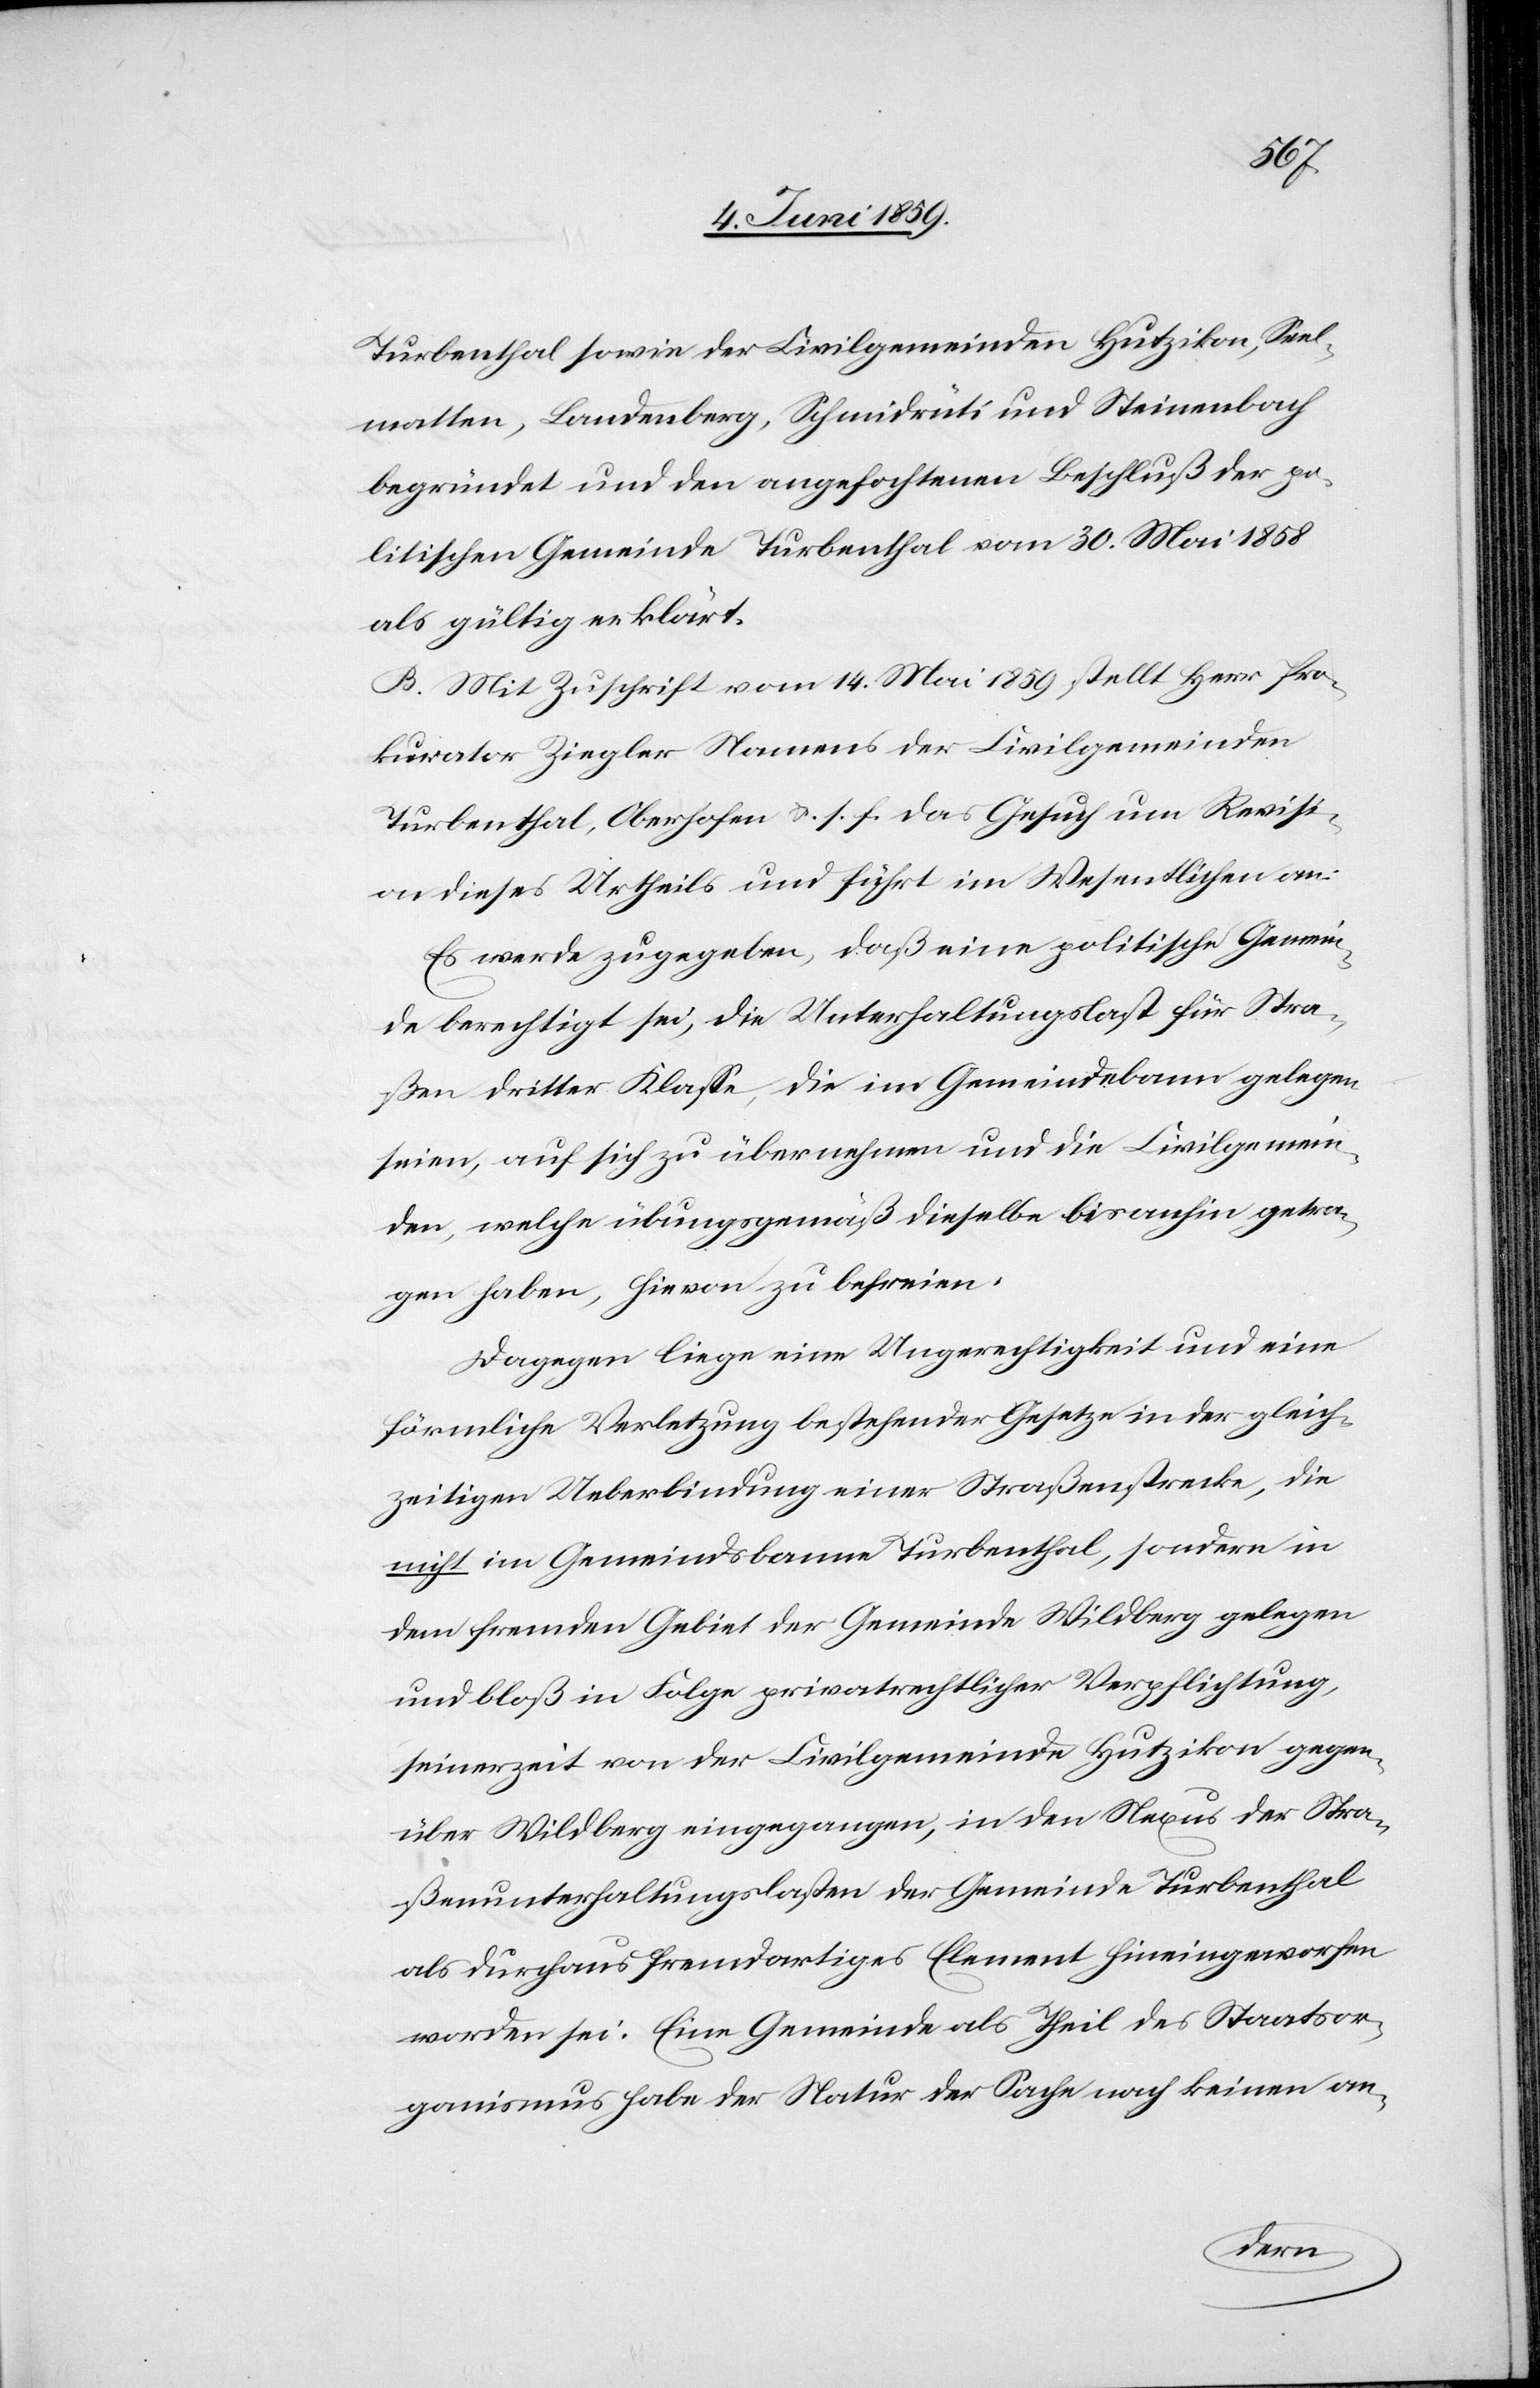
Turbenthal sowie der Civilgemeinde Hutzikon, Seel¬
matten, Landenberg, Schmidrüti und Steinenbach
begründet und den angefochtenen Beschluß der po¬
litischen Gemeinde Turbenthal vom 30. Mai 1858
als gültig erklärt.
B. Mit Zuschrift vom 14. Mai 1859 stellt Herr Pro¬
kurator Ziegler Namens der Civilgemeinden
Turbenthal, Oberhofen u. s .f. das Gesuch um Revisi¬
on dieses Urtheils und führt im Wesentlichen an:
Es werde zugegeben, daß eine politische Gemein¬
de berechtigt sei, die Unterhaltungslast für Stra¬
ßen dritter Klasse, die im Gemeindebann gelegen
seien, auf sich zu übernehmen und die Civilgemein¬
den, welche übungsgemäß dieselbe bis anhin getra¬
gen haben, hievon zu befreien.
Dagegen liege eine Ungerechtigkeit und eine
förmliche Verletzung bestehender Gesetze in der gleich¬
zeitigen Ueberbindung einer Straßenstrecke, die
nicht im Gemeindsbanne Turbenthal, sondern in
dem fremden Gebiet der Gemeinde Wildberg gelegen
und bloß in Folge privatrechtlicher Verpflichtung,
seinerzeit von der Civilgemeinde Hutzikon gegen¬
über Wildberg eingegangen, in den Nexus der Stra¬
ßenunterhaltungslasten der Gemeinde Turbenthal
als durchaus fremdartiges Element hineingeworfen
worden sei. Eine Gemeinde als Theil des Staatsor¬
ganismus habe der Natur der Sache noch keinen an-